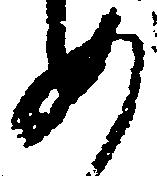
め